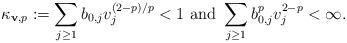
LaTeX: \begin{align*}\kappa_{\mathbf{v},p} := \sum_{j \geq 1} b_{0,j} v_j^{(2-p)/p} < 1 \mbox{ and } \sum_{j \geq 1} b_{0,j}^p v_j^{2-p} < \infty. \end{align*}